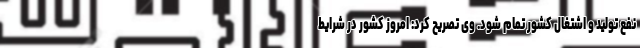
نفع تولید و اشتغال کشور تمام شود. وی تصریح کرد: امروز کشور در شرایط